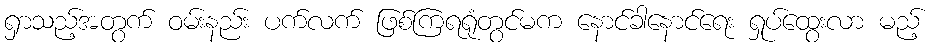
ရှာသည့်အတွက် ဝမ်းနည်း ပက်လက် ဖြစ်ကြရရုံတွင်မက နောင်ခါနောင်ရေး ရှုပ်ထွေးလာ မည့်